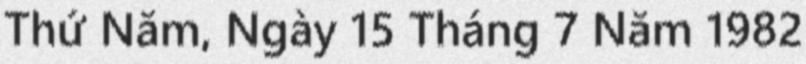
Thứ Năm, Ngày 15 Tháng 7 Năm 1982